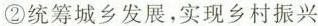
②统筹城乡发展，实现乡村振兴